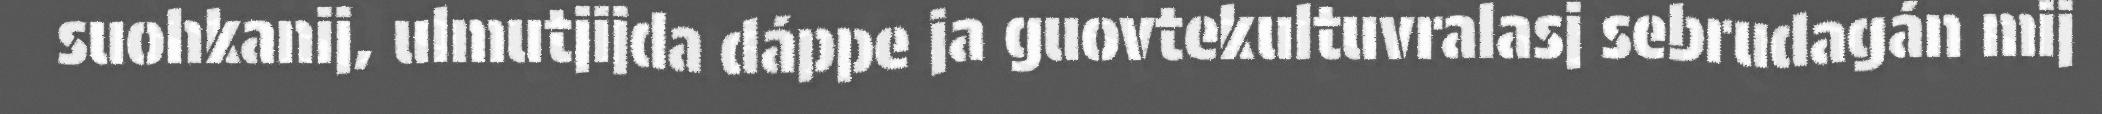
suohkanij, ulmutjijda dáppe ja guovtekultuvralasj sebrudagán mij